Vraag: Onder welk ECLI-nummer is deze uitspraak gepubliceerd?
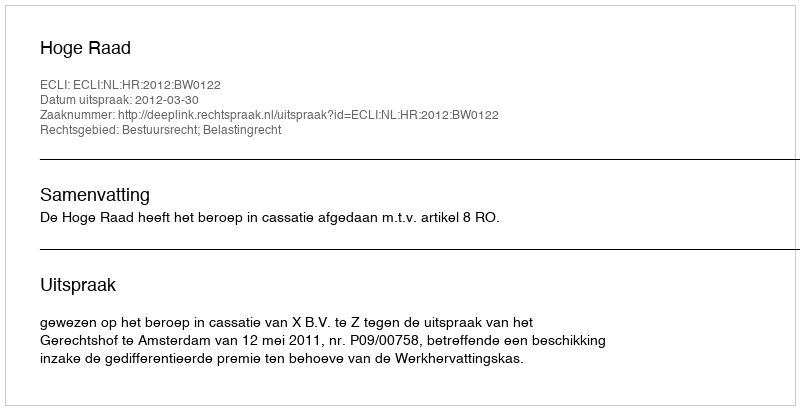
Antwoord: ECLI:NL:HR:2012:BW0122